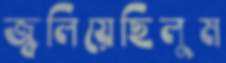
জ্বলিয়েছিলুম